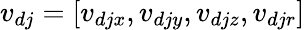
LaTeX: v_{dj}=[v_{djx},v_{djy},v_{djz},v_{djr}]